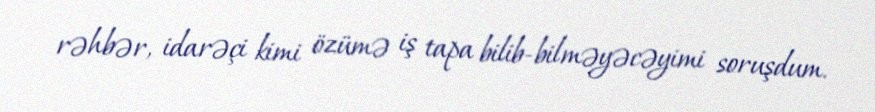
rəhbər, idarəçi kimi özümə iş tapa bilib-bilməyəcəyimi soruşdum.